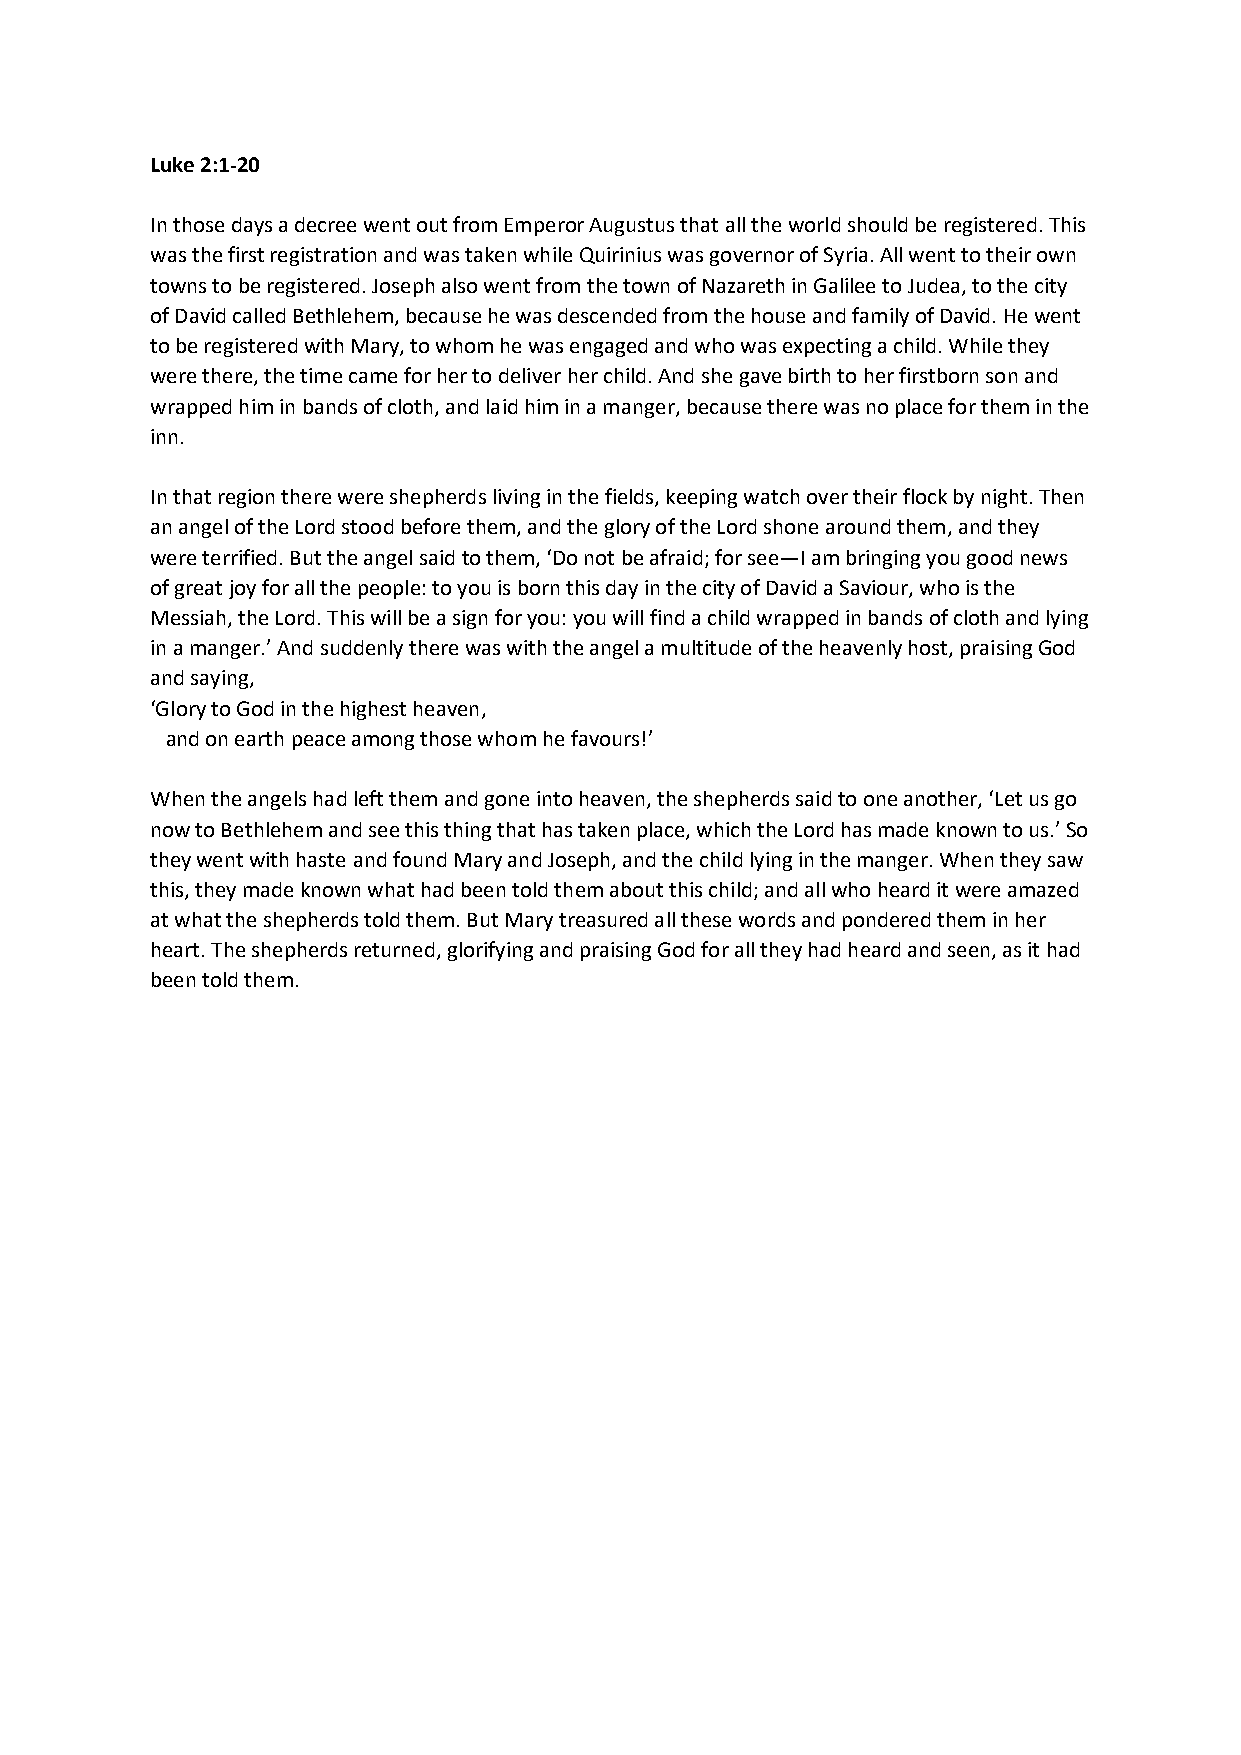
Luke 2:1-20
 In those days a decree went out from Emperor Augustus that all the world should be registered. This
 was the first registration and was taken while Quirinius was governor of Syria. All went to their own
 towns to be registered. Joseph also went from the town of Nazareth in Galilee to Judea, to the city
 of David called Bethlehem, because he was descended from the house and family of David. He went
 to be registered with Mary, to whom he was engaged and who was expecting a child. While they
 were there, the time came for her to deliver her child. And she gave birth to her firstborn son and
 wrapped him in bands of cloth, and laid him in a manger, because there was no place for them in the
 inn.
 In that region there were shepherds living in the fields, keeping watch over their flock by night. Then
 an angel of the Lord stood before them, and the glory of the Lord shone around them, and they
 were terrified. But the angel said to them, ‘Do not be afraid; for see—I am bringing you good news
 of great joy for all the people: to you is born this day in the city of David a Saviour, who is the
 Messiah, the Lord. This will be a sign for you: you will find a child wrapped in bands of cloth and lying
 in a manger.’ And suddenly there was with the angel a multitude of the heavenly host, praising God
 and saying,
 ‘Glory to God in the highest heaven,
 and on earth peace among those whom he favours!’
 When the angels had left them and gone into heaven, the shepherds said to one another, ‘Let us go
 now to Bethlehem and see this thing that has taken place, which the Lord has made known to us.’ So
 they went with haste and found Mary and Joseph, and the child lying in the manger. When they saw
 this, they made known what had been told them about this child; and all who heard it were amazed
 at what the shepherds told them. But Mary treasured all these words and pondered them in her
 heart. The shepherds returned, glorifying and praising God for all they had heard and seen, as it had
 been told them.